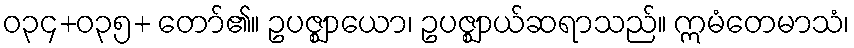
ဝ၃၄+ဝ၃၅+ တော်၏။ ဥပဇ္ဈာယော၊ ဥပဇ္ဈာယ်ဆရာသည်။ ဣမံတေမာသံ၊